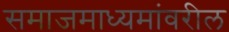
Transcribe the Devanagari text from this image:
समाजमाध्यमांवरील